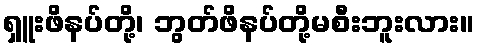
ရှူးဖိနပ်တို့၊ ဘွတ်ဖိနပ်တို့မစီးဘူးလား။